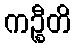
ကဉ္စီတိ